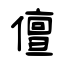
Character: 儃